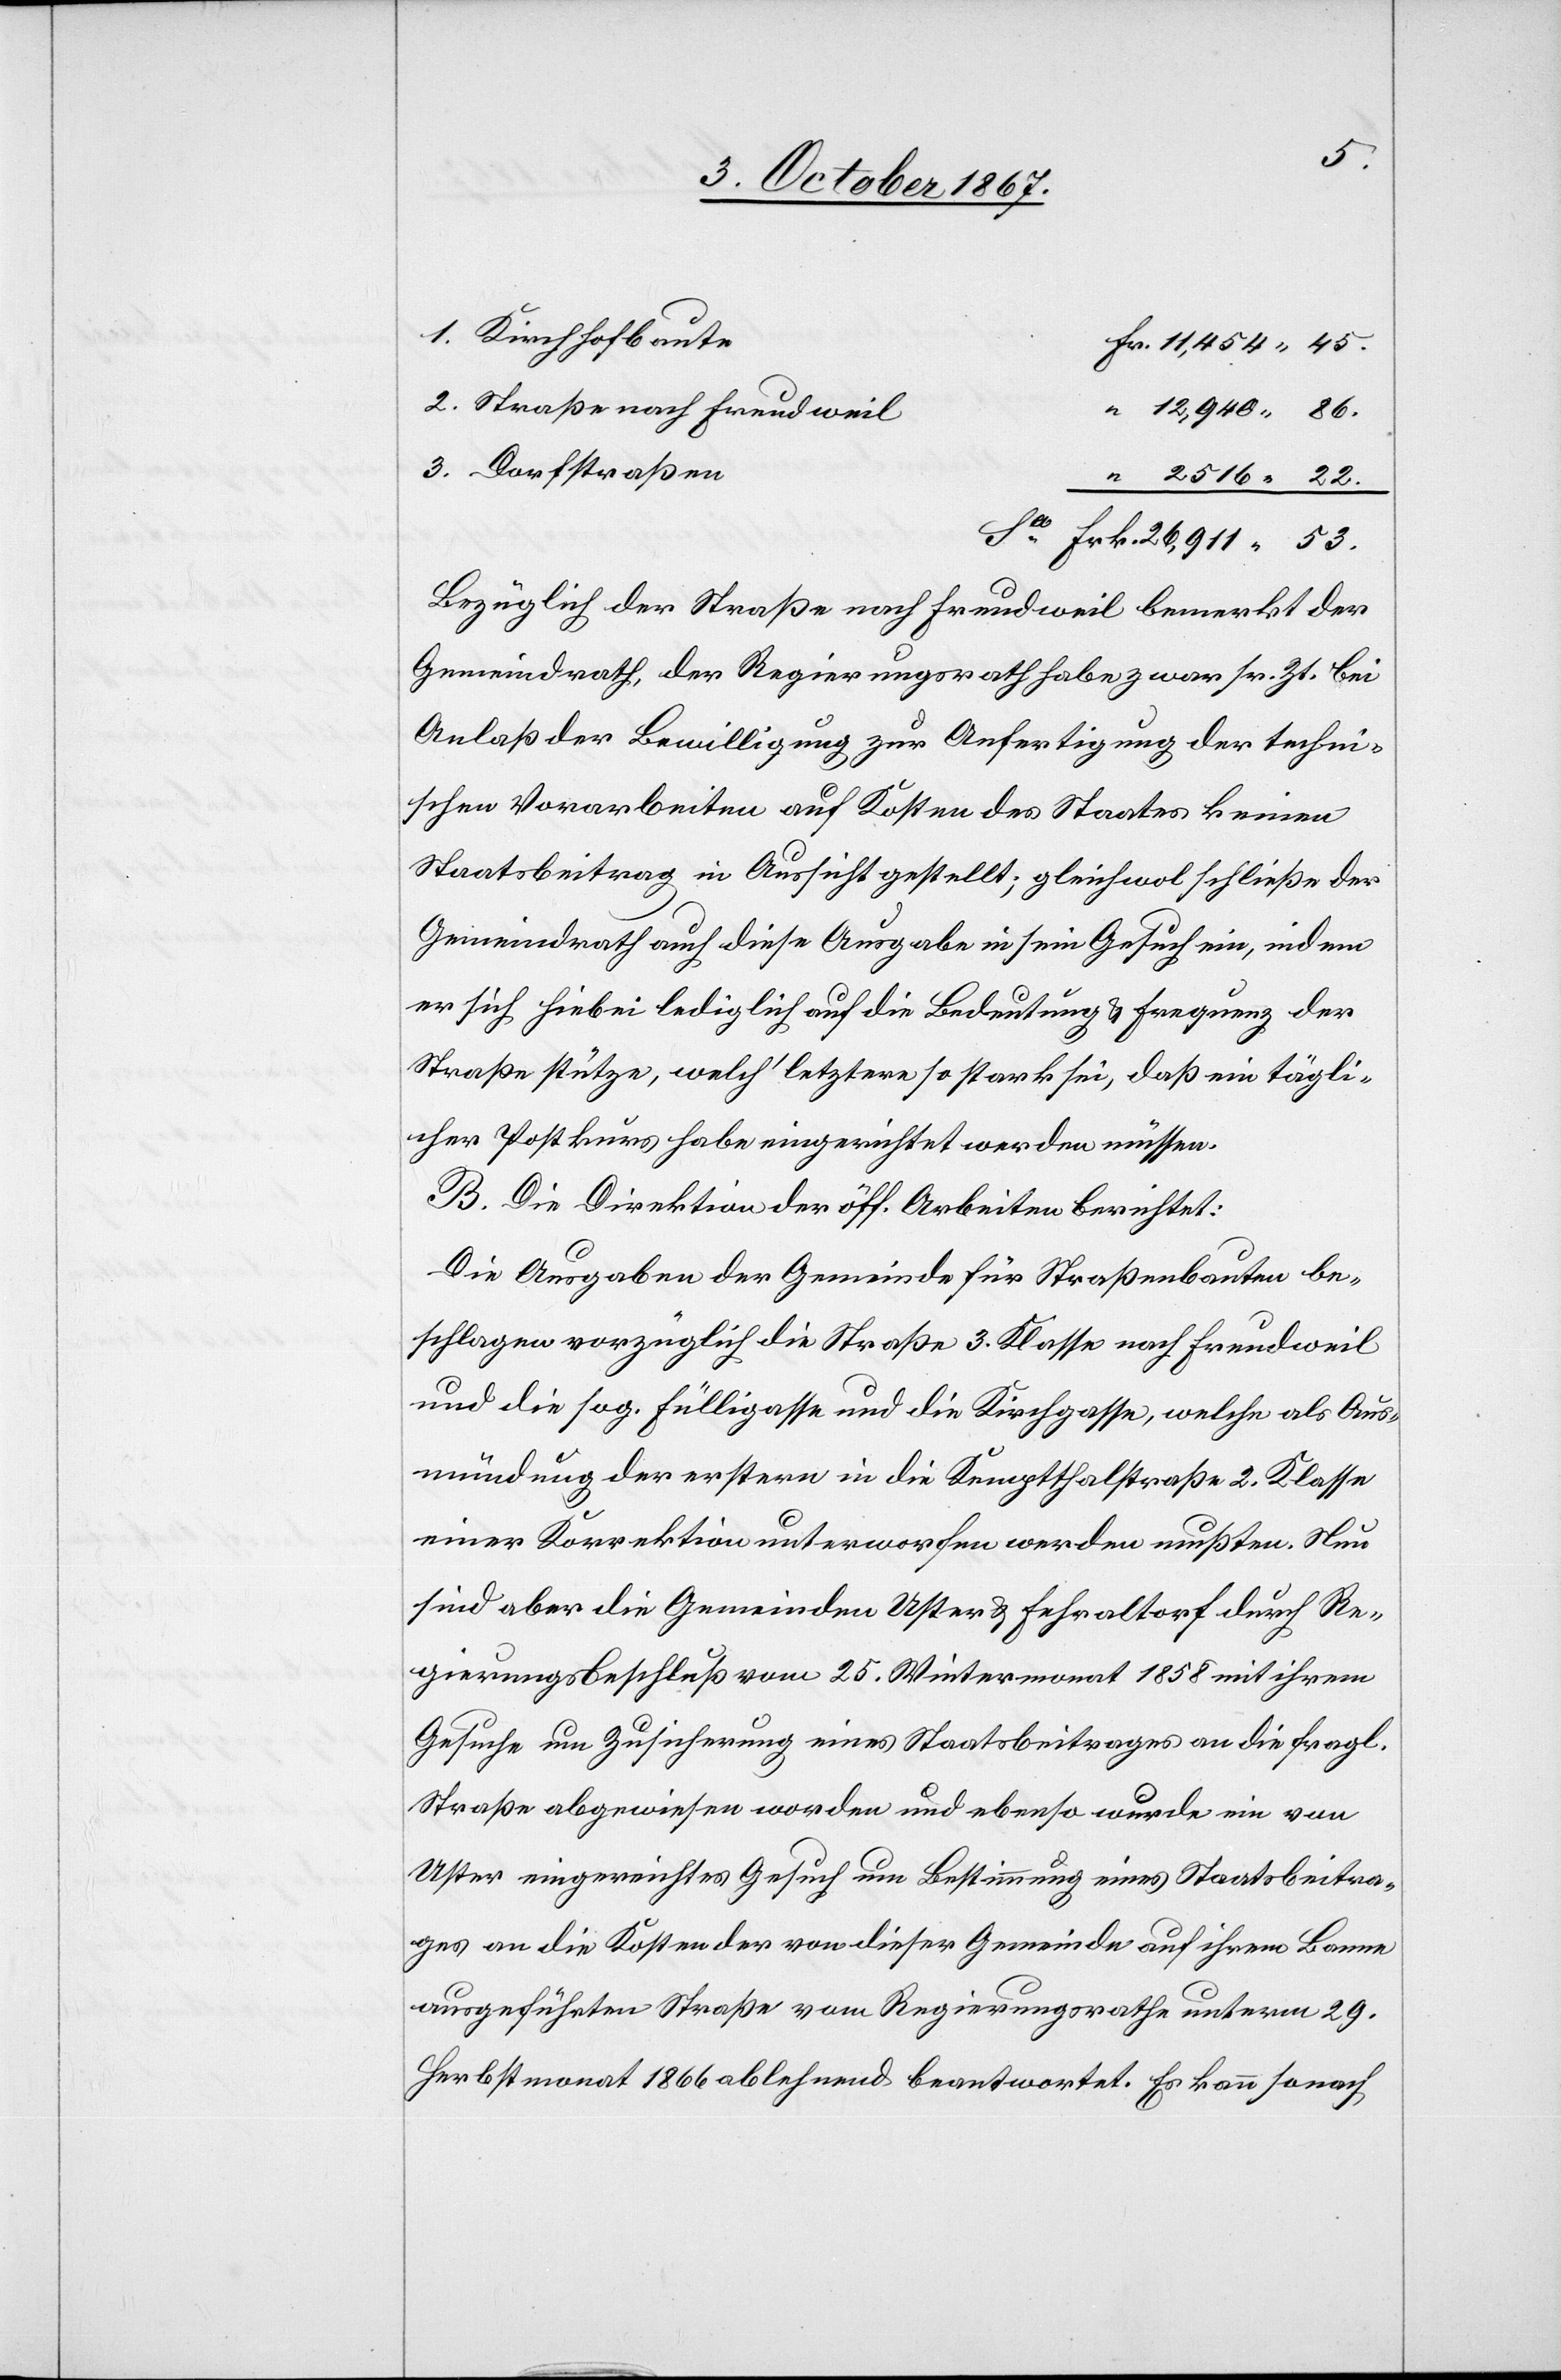
1. Kirchhofbaute
2. Straße nach Freudweil
12 940.86.
3. Dorfstraßen
Bezüglich der Straße nach Freudweil bemerkt der
Gemeindrath, der Regierungsrath habe zwar sr. Zt. bei
Anlaß der Bewilligung zur Anfertigung der techni¬
schen Vorarbeiten auf Kosten des Staates keinen
Staatsbeitrag in Aussicht gestellt; gleichwol schließe der
Gemeindrath auch diese Ausgabe in sein Gesuch ein, indem
er sich hiebei lediglich auf die Bedeutung u. Frequenz der
Straße stütze, welch‘ letztere so stark sei, daß ein tägli¬
cher Postkurs habe eingerichtet werden müssen.
B. Die Direktion der öff. Arbeiten berichtet:
Die Ausgaben der Gemeinde für Straßenbauten be¬
schlagen vorzüglich die Straße 3. Klasse nach Freudweil
und die sog. Fülliggasse und die Kirchgasse, welche als Aus¬
mündung der erstern in die Kemptthalstraße 2. Klasse
einer Korrektion unterworfen werden mußten. Nun
sind aber die Gemeinden Uster u. Fehraltorf durch Re¬
gierungsbeschluß vom 25. Wintermonat 1858 mit ihrem
Gesuche um Zusicherung eines Staatsbeitrages an die fragl.
Straße abgewiesen worden und ebenso wurde ein von
Uster eingereichtes Gesuch um Bestimmung eines Staatsbeitra¬
ges an die Kosten der von dieser Gemeinde auf ihrem Banne
ausgeführten Straße vom Regierungsrathe unterm 29.
Herbstmonat 1866 ablehnend beantwortet. Es kann sonach